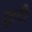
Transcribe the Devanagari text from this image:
टूटटी